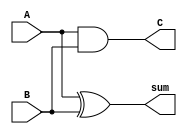
module HalfAdder(A,B,sum,C);                                                                            
	input A,B;
	output sum,C;
	
	assign sum = A ^ B;
	assign C = (A & B);
	
endmodule